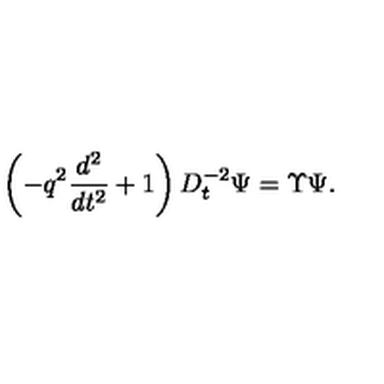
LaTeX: \left( - q ^ { 2 } \frac { d ^ { 2 } } { d t ^ { 2 } } + 1 \right) D _ { t } ^ { - 2 } \Psi = \Upsilon \Psi .